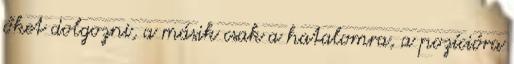
őket dolgozni, a másik csak a hatalomra, a pozícióra